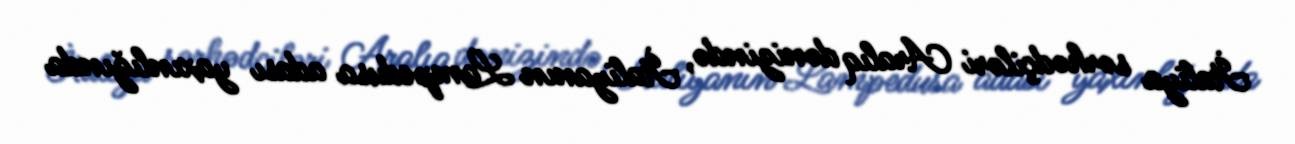
İtaliya sərhədçiləri Aralıq dənizində, İtaliyanın Lampedusa adası yaxınlığında